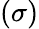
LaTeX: (\sigma)